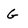
Character: G